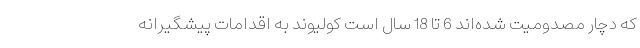
که دچار مصدومیت شده‌اند 6 تا 18 سال است کولیوند به اقدامات پیشگیرانه‌